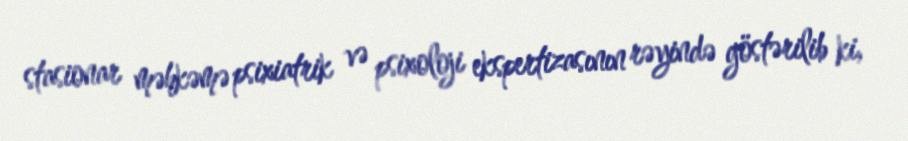
stasionar məhkəmə psixiatrik və psixoloji ekspertizasının rəyində göstərilib ki,